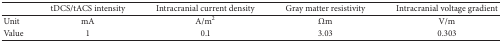
|  | tDCS/tACS intensity | Intracranial current density | Gray matter resistivity | Intracranial voltage gradient |
 | --- | --- | --- | --- | --- |
 | Unit | mA | A/m2 | Ωm | V/m |
 | Value | 1 | 0.1 | 3.03 | 0.303 |